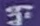
ويه